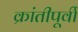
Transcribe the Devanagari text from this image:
क्रांतीपूर्वी